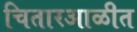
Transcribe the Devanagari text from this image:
चितारआळीत